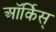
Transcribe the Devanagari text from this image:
ऑर्किस्